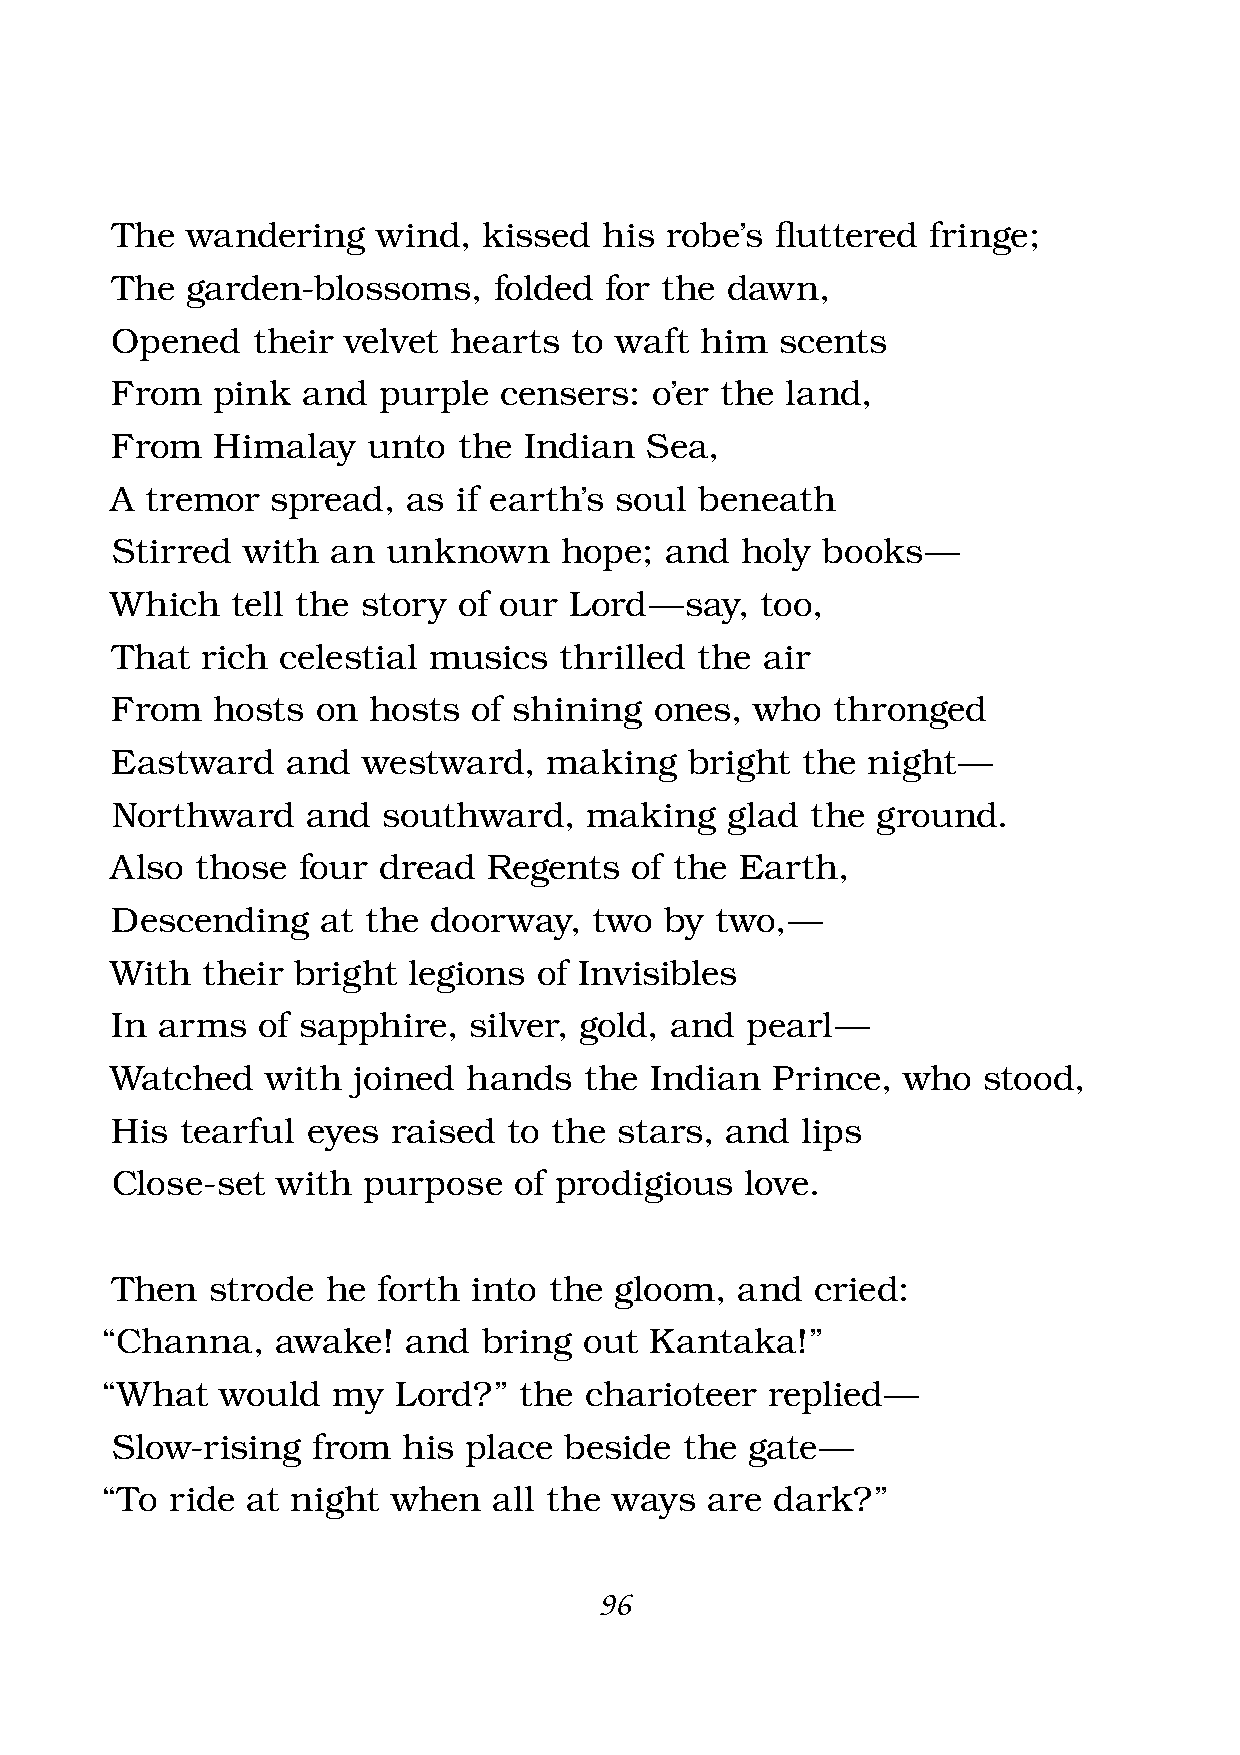
The  wandering    wind,  kissed  his robe’s fl uttered fringe;
 The  garden-blossoms,     folded for the dawn,
 Opened    their velvet hearts  to waft him   scents
 From   pink  and  purple  censers:  o’er the land,
 From   Himalay   unto  the  Indian  Sea,
 A  tremor  spread,  as if earth’s soul beneath
 Stirred  with  an  unknown    hope;  and  holy books  —
 Which   tell the story of our  Lord — say, too,
 That  rich  celestial musics  thrilled the air
 From   hosts  on hosts  of shining  ones,  who  thronged
 Eastward    and  westward,   making    bright the night —
 Northward    and  southward,    making   glad  the ground.
 Also  those  four dread  Regents   of the Earth,
 Descending    at the doorway,   two  by two, —
 With  their bright  legions  of Invisibles
 In arms   of sapphire,  silver, gold, and pearl —
 Watched    with joined  hands   the Indian  Prince,  who  stood,
 His  tearful eyes  raised  to the stars, and  lips
 Close-set  with  purpose   of prodigious  love.
 Then   strode  he forth into the  gloom,  and  cried:
 “Channa,   awake!   and  bring  out Kantaka!”
 “What   would  my  Lord?”  the  charioteer  replied —
 Slow-rising   from  his place beside  the  gate —
 “To ride at night  when   all the ways  are dark?”
 96